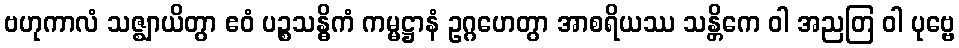
ဗဟုကာလံ သဇ္ဈာယိတွာ ဧဝံ ပဉ္စသန္ဓိကံ ကမ္မဋ္ဌာနံ ဥဂ္ဂဟေတွာ အာစရိယဿ သန္တိကေ ဝါ အညတြ ဝါ ပုဗ္ဗေ